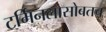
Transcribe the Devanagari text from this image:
टर्मिनलासोबतच